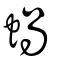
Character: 蝸